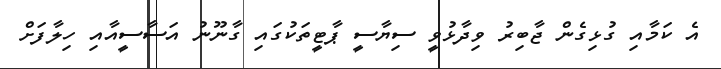
އެ ކަމާއި ގުޅިގެން ޖާބިރު ވިދާޅުވީ ސިޔާސީ ޕާޓީތަކުގައި ގާނޫނު އަސާސީއާއި ހިލާފަށް